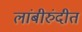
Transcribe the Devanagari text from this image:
लांबीरुंदीत